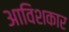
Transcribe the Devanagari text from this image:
अाविशकार